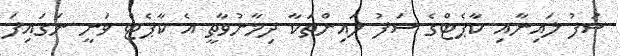
ސަފު ލައިނާއި ކާޕެޓްގެ ސަފު ލައިންތަކާ ދިމާނުވާތީ އެ ކާޕެޓް ވަނީ ނަގައިފަ